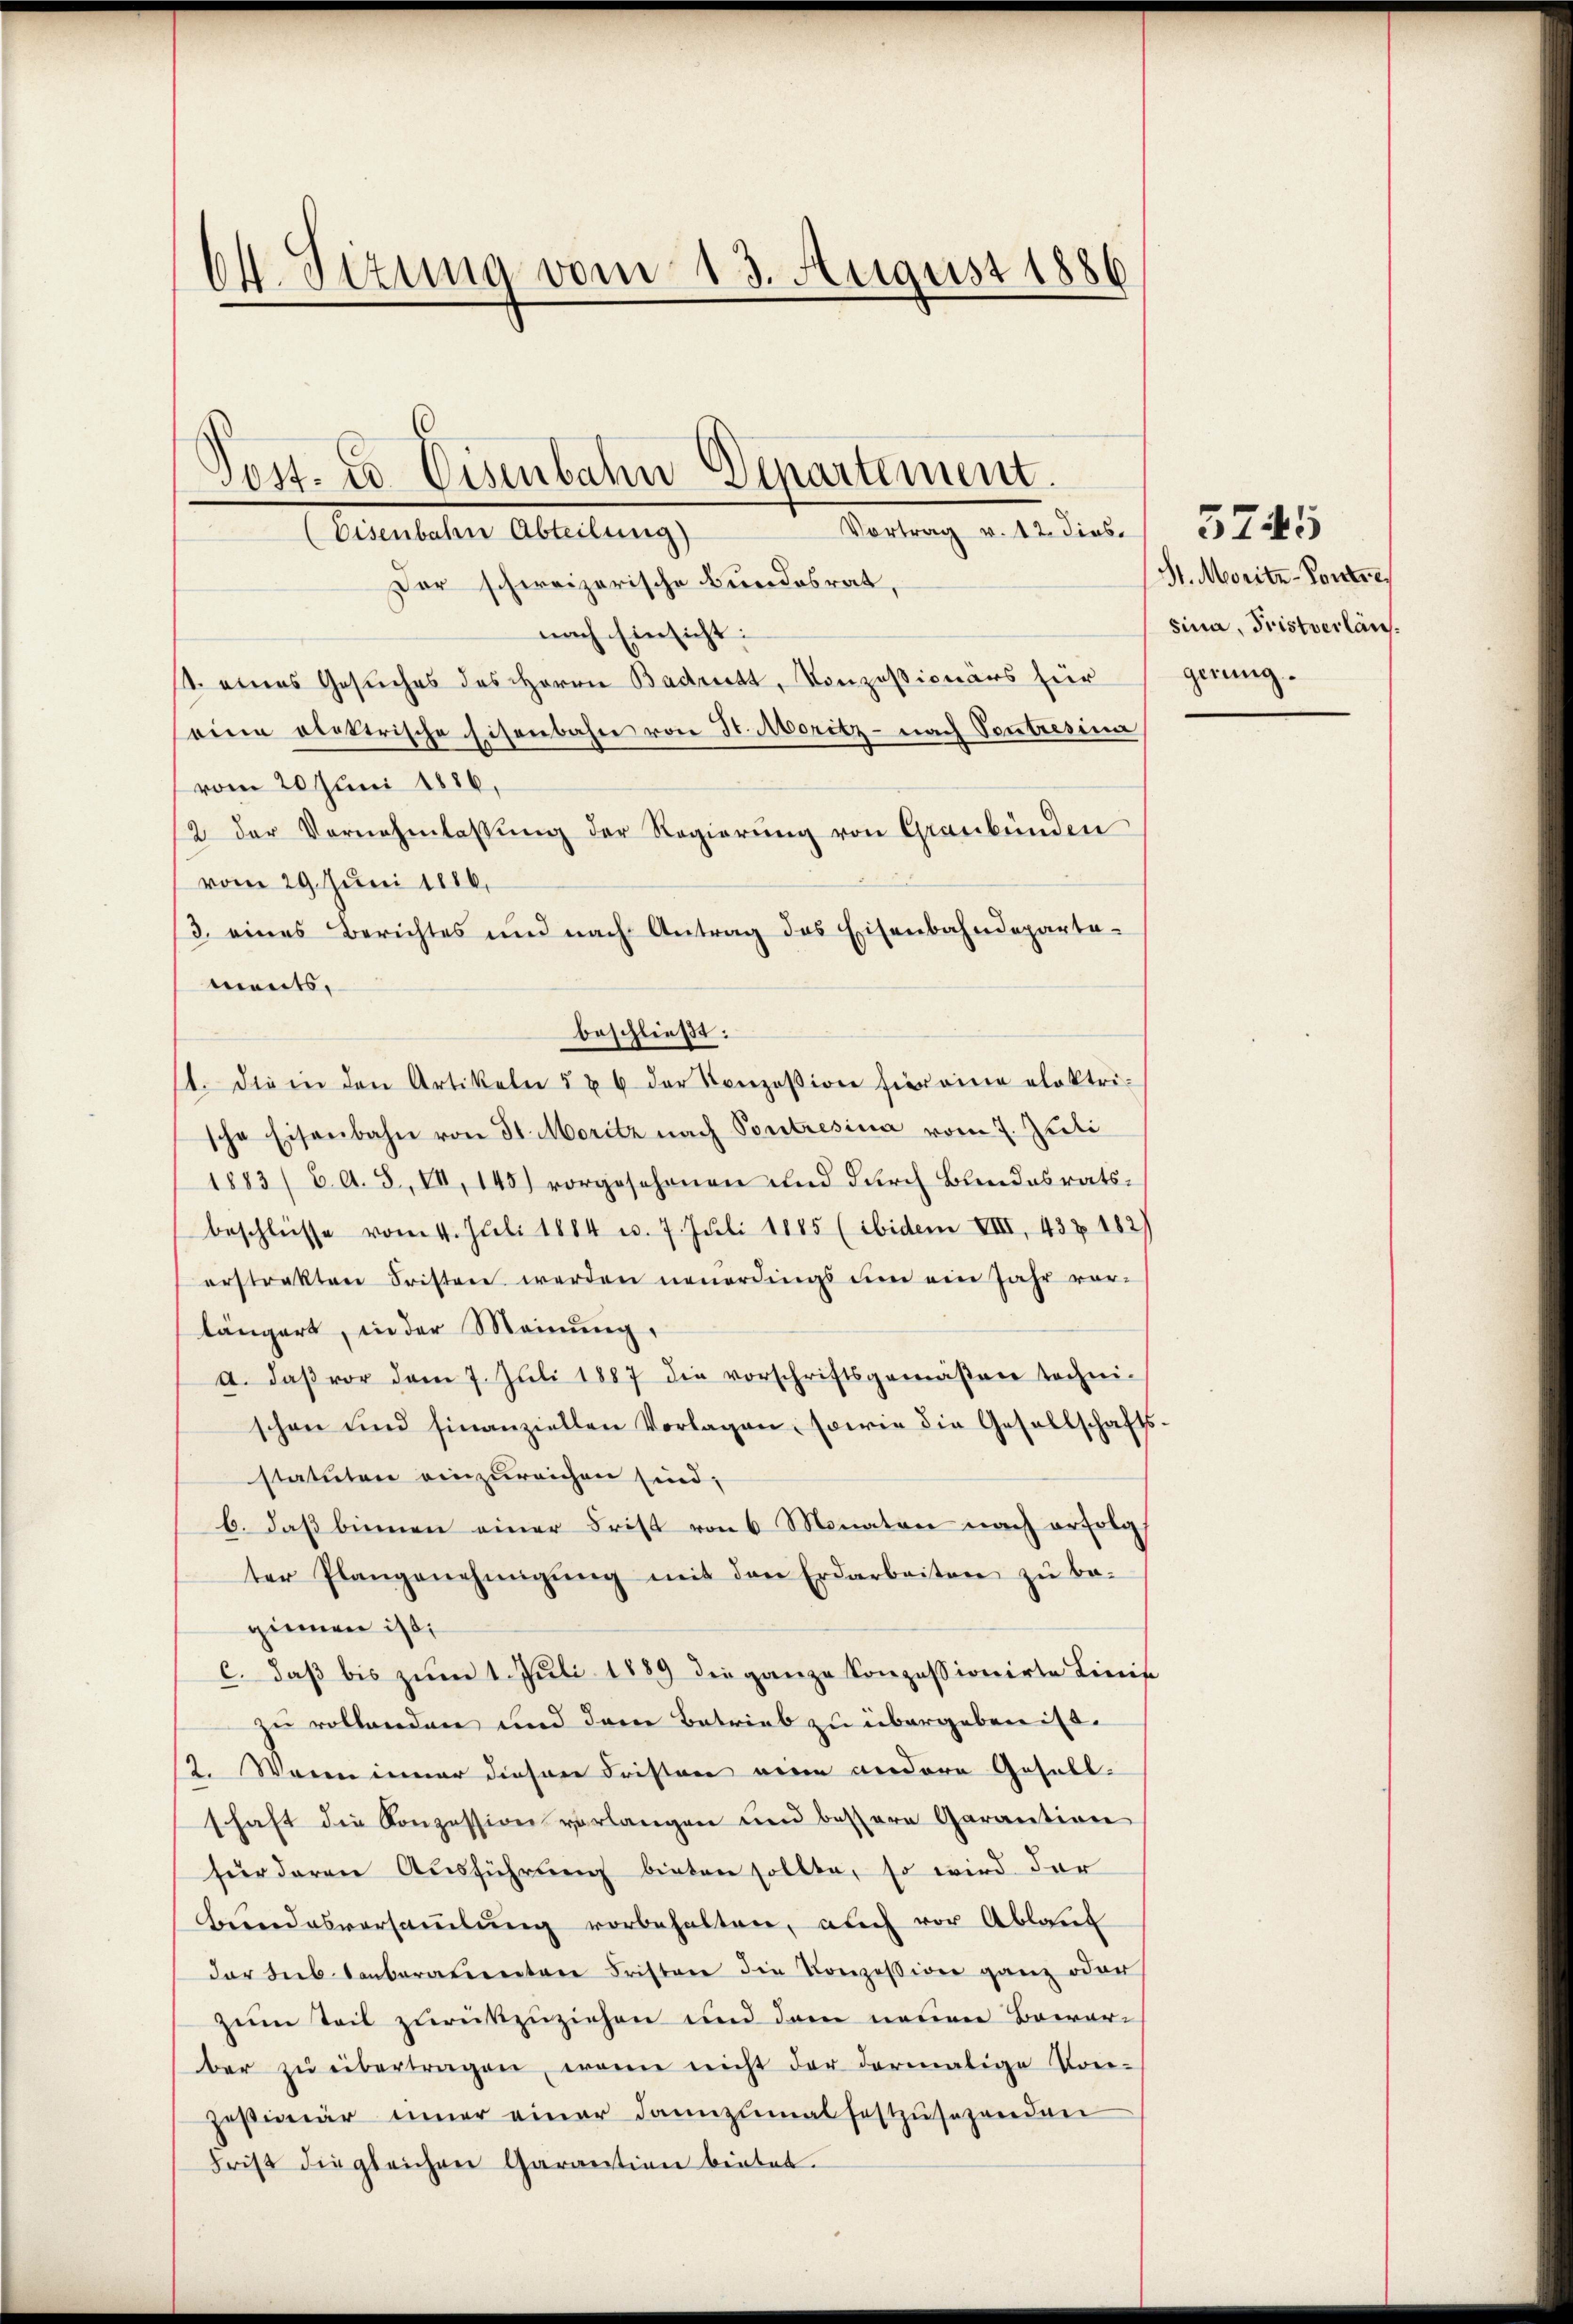
64. Sizung vom 13. August 1886

Der schweizerische Bundesrat,
nach Einsicht:
st. eines Gesuches des Herrn Badritt, Konzessionärs für
eine elektrische Eisenbahn von St. Moritz - nach Contresina
vom 20 Juni 1886,
12 der Vernehmlassŭng der Regierŭng von Graubünden
vom 29. Juni 1886.
3. eines Berichtes und nach Antrag des Eisenbahndeparta-
ments,
beschließt:
. die in den Artikeln " u 6 der Konzession hier eine elektri-
sche Eisenbahn von 31. Moritz nach Pontresina vom 7. Juli
1883/ CA. 8, VII, 145) vorgesehenen und durch Bundesratsbeschlüsse vom 4. Juli 1884 u. 7. Juli 1885 (ibidem VIII, 43 Z 182)
erstrakten Fristen werden neuerdings um ein Jahr vor-
längert, in der Meinung,
a. daβ vor dem 7. Jŭli 1887 die vorschriftsgemäβen techni-
schon und finanziellen Vorlagen, sowie die Gesellschafts-
statuten einzureichen sind;
b. daβ binnen einer Frist von 6 Monaten nach erfolg
ter Plangenehmigŭng mit den Erdarbeiten zŭ be-
giemen ist;
c. daß bis zum 1. Juli 1889 die ganze Konzessionirte Linis
zu vollanden und dann Betrieb zu übergeben ist.
2. Waren inner diesere Fristen von andere Gesell-
schaft die Konzession verlangen und bessere Garantion
für daren Ausführung bieten sollte, so wird der
Bundesversammlung vorbehalten, auch vor Ablauf
der Subenberatenten Fristare die Konzession ganz oder
zum Teil zurükzuziehen und dem neuen Bowar-
ber zŭ übertragen, wenn nicht der dermalige Vor-
zesimar inner einer dannzumalfestzŭsehenden
Frist die gleichen Garantion bietet.

Post- & Eisenbahn Departement.
Vortrag v. 12. dies
(Eisenbahn Abteilung)

3745
St. Moritz-Pontre
sina, Fristverläugerung.